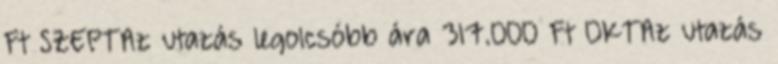
Ft SZEPTAz utazás legolcsóbb ára 317.000 Ft OKTAz utazás